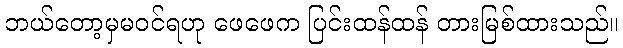
ဘယ်တော့မှမဝင်ရဟု ဖေဖေက ပြင်းထန်ထန် တားမြစ်ထားသည်။